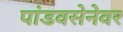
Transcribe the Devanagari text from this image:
पांडवसेनेवर